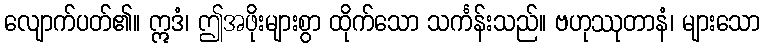
လျောက်ပတ်၏။ ဣဒံ၊ ဤအဖိုးများစွာ ထိုက်သော သင်္ကန်းသည်။ ဗဟုဿုတာနံ၊ များသော